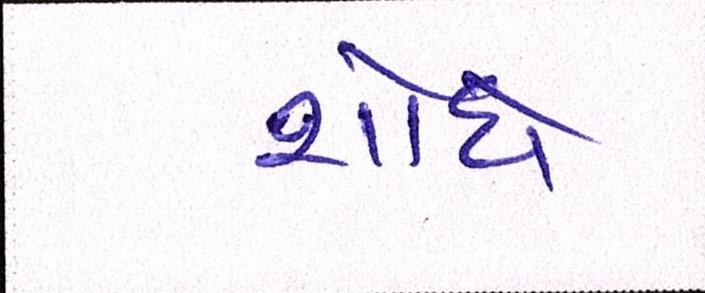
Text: શોધે